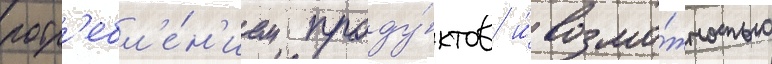
потр'ебл'е́н'ием проду́ктов и́ возмо́жностью